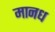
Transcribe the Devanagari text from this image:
मानध